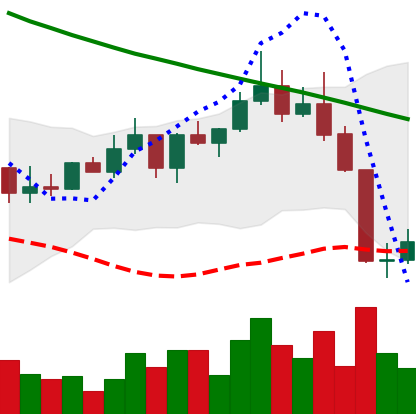
Ticker: ADA-USD
Chart end date: 2022-08-21
Forward return: -7.051%
Label: down_7plus